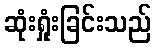
ဆုံးရှုံးခြင်းသည်